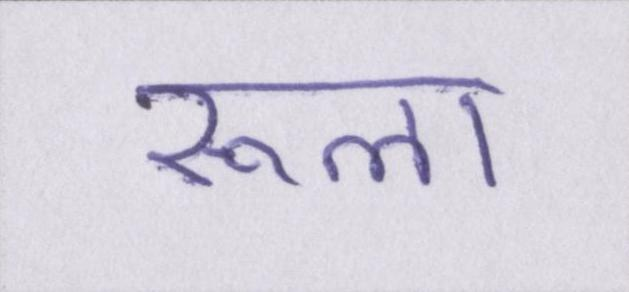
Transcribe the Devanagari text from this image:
रूला